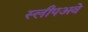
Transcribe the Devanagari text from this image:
स्लीपअवे